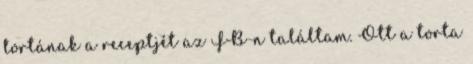
tortának a receptjét az FB-n találtam. Ott a torta